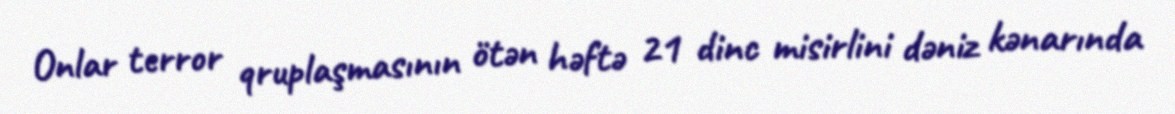
Onlar terror qruplaşmasının ötən həftə 21 dinc misirlini dəniz kənarında